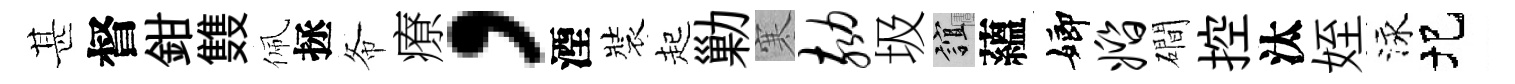
甚督鉗䨇佩拯𢁙療，湮裝起勦寒劾圾誼蘊嫏婚磵控汰姪泳圯